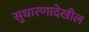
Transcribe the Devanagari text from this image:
सुधारणादेखील